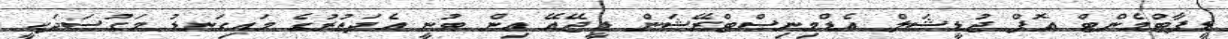
ޑީޕާޓްމެންޓް އޮފް ޖުޑީޝަލް އެޑްމިނިސްޓްރޭޝަން ޑީޖޭއޭ އިން ބުނީ އެދަތުރުގެ މައިގަނޑު މަގުސަދަކީ